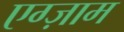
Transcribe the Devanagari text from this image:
एग्ज़ाम